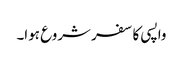
واپسی کا سفر شروع ہوا۔